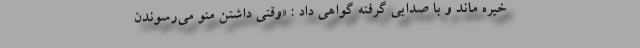
خیره ماند و با صدایی گرفته گواهی داد : «وقتی داشتن منو می‌رسوندن